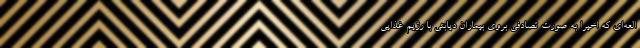
العه‌ای که اخیراً به صورت تصادفی بروی بیماران دیابتی با رژیم غذایی